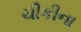
ચીકીના